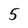
Character: 5